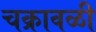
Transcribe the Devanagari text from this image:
चक्रावळी